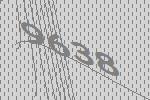
9638